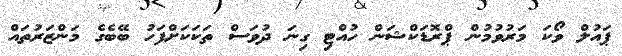
ޕައުލް ވޯކަ މަރުވުމުން ޕްރޮޑަކްޝަން ހުއްޓި ގިނަ ދުވަސް ތަކަކަށްފަހު ބޭބެގެ މަންޒަރުތައް